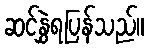
ဆင်နွှဲရပြန်သည်။